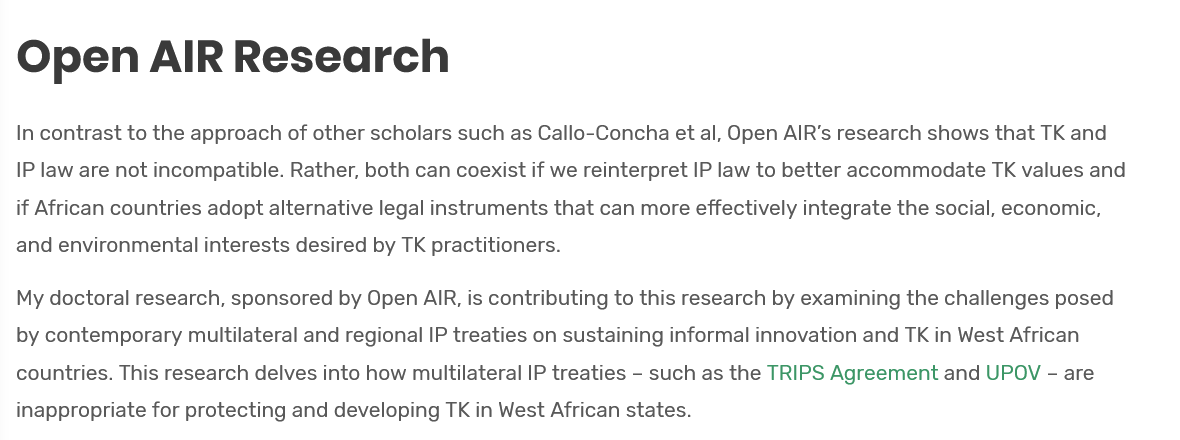
Open    AIR    Research
  In contrast to the approach of other scholars such as Callo-Concha et al, Open AIR’s research shows that TK and
  IP law are not incompatible. Rather, both can coexist if we reinterpret IP law to better accommodate TK values and
  if African countries adopt alternative legal instruments that can more effectively integrate the social, economic,
  and environmental interests desired by TK practitioners.
  My doctoral research, sponsored by Open AIR, is contributing to this research by examining the challenges posed
  by contemporary multilateral and regional IP treaties on sustaining informal innovation and TK in West African
  countries. This research delves into how multilateral IP treaties
     -
     such as the TRIPS Agreement and UPOV - are
  inappropriate for protecting and developing TK in West African states.